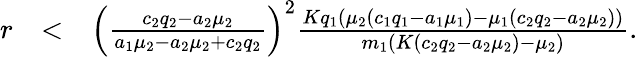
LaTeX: \begin{array}{rlr}{r}&{<}&{\left(\frac{c_{2}q_{2}-a_{2}\mu_{2}}{a_{1}\mu_{2}-a_{2}\mu_{2}+c_{2}q_{2}}\right)^{2}\frac{Kq_{1}(\mu_{2}(c_{1}q_{1}-a_{1}\mu_{1})-\mu_{1}(c_{2}q_{2}-a_{2}\mu_{2}))}{m_{1}(K(c_{2}q_{2}-a_{2}\mu_{2})-\mu_{2})}.}\end{array}